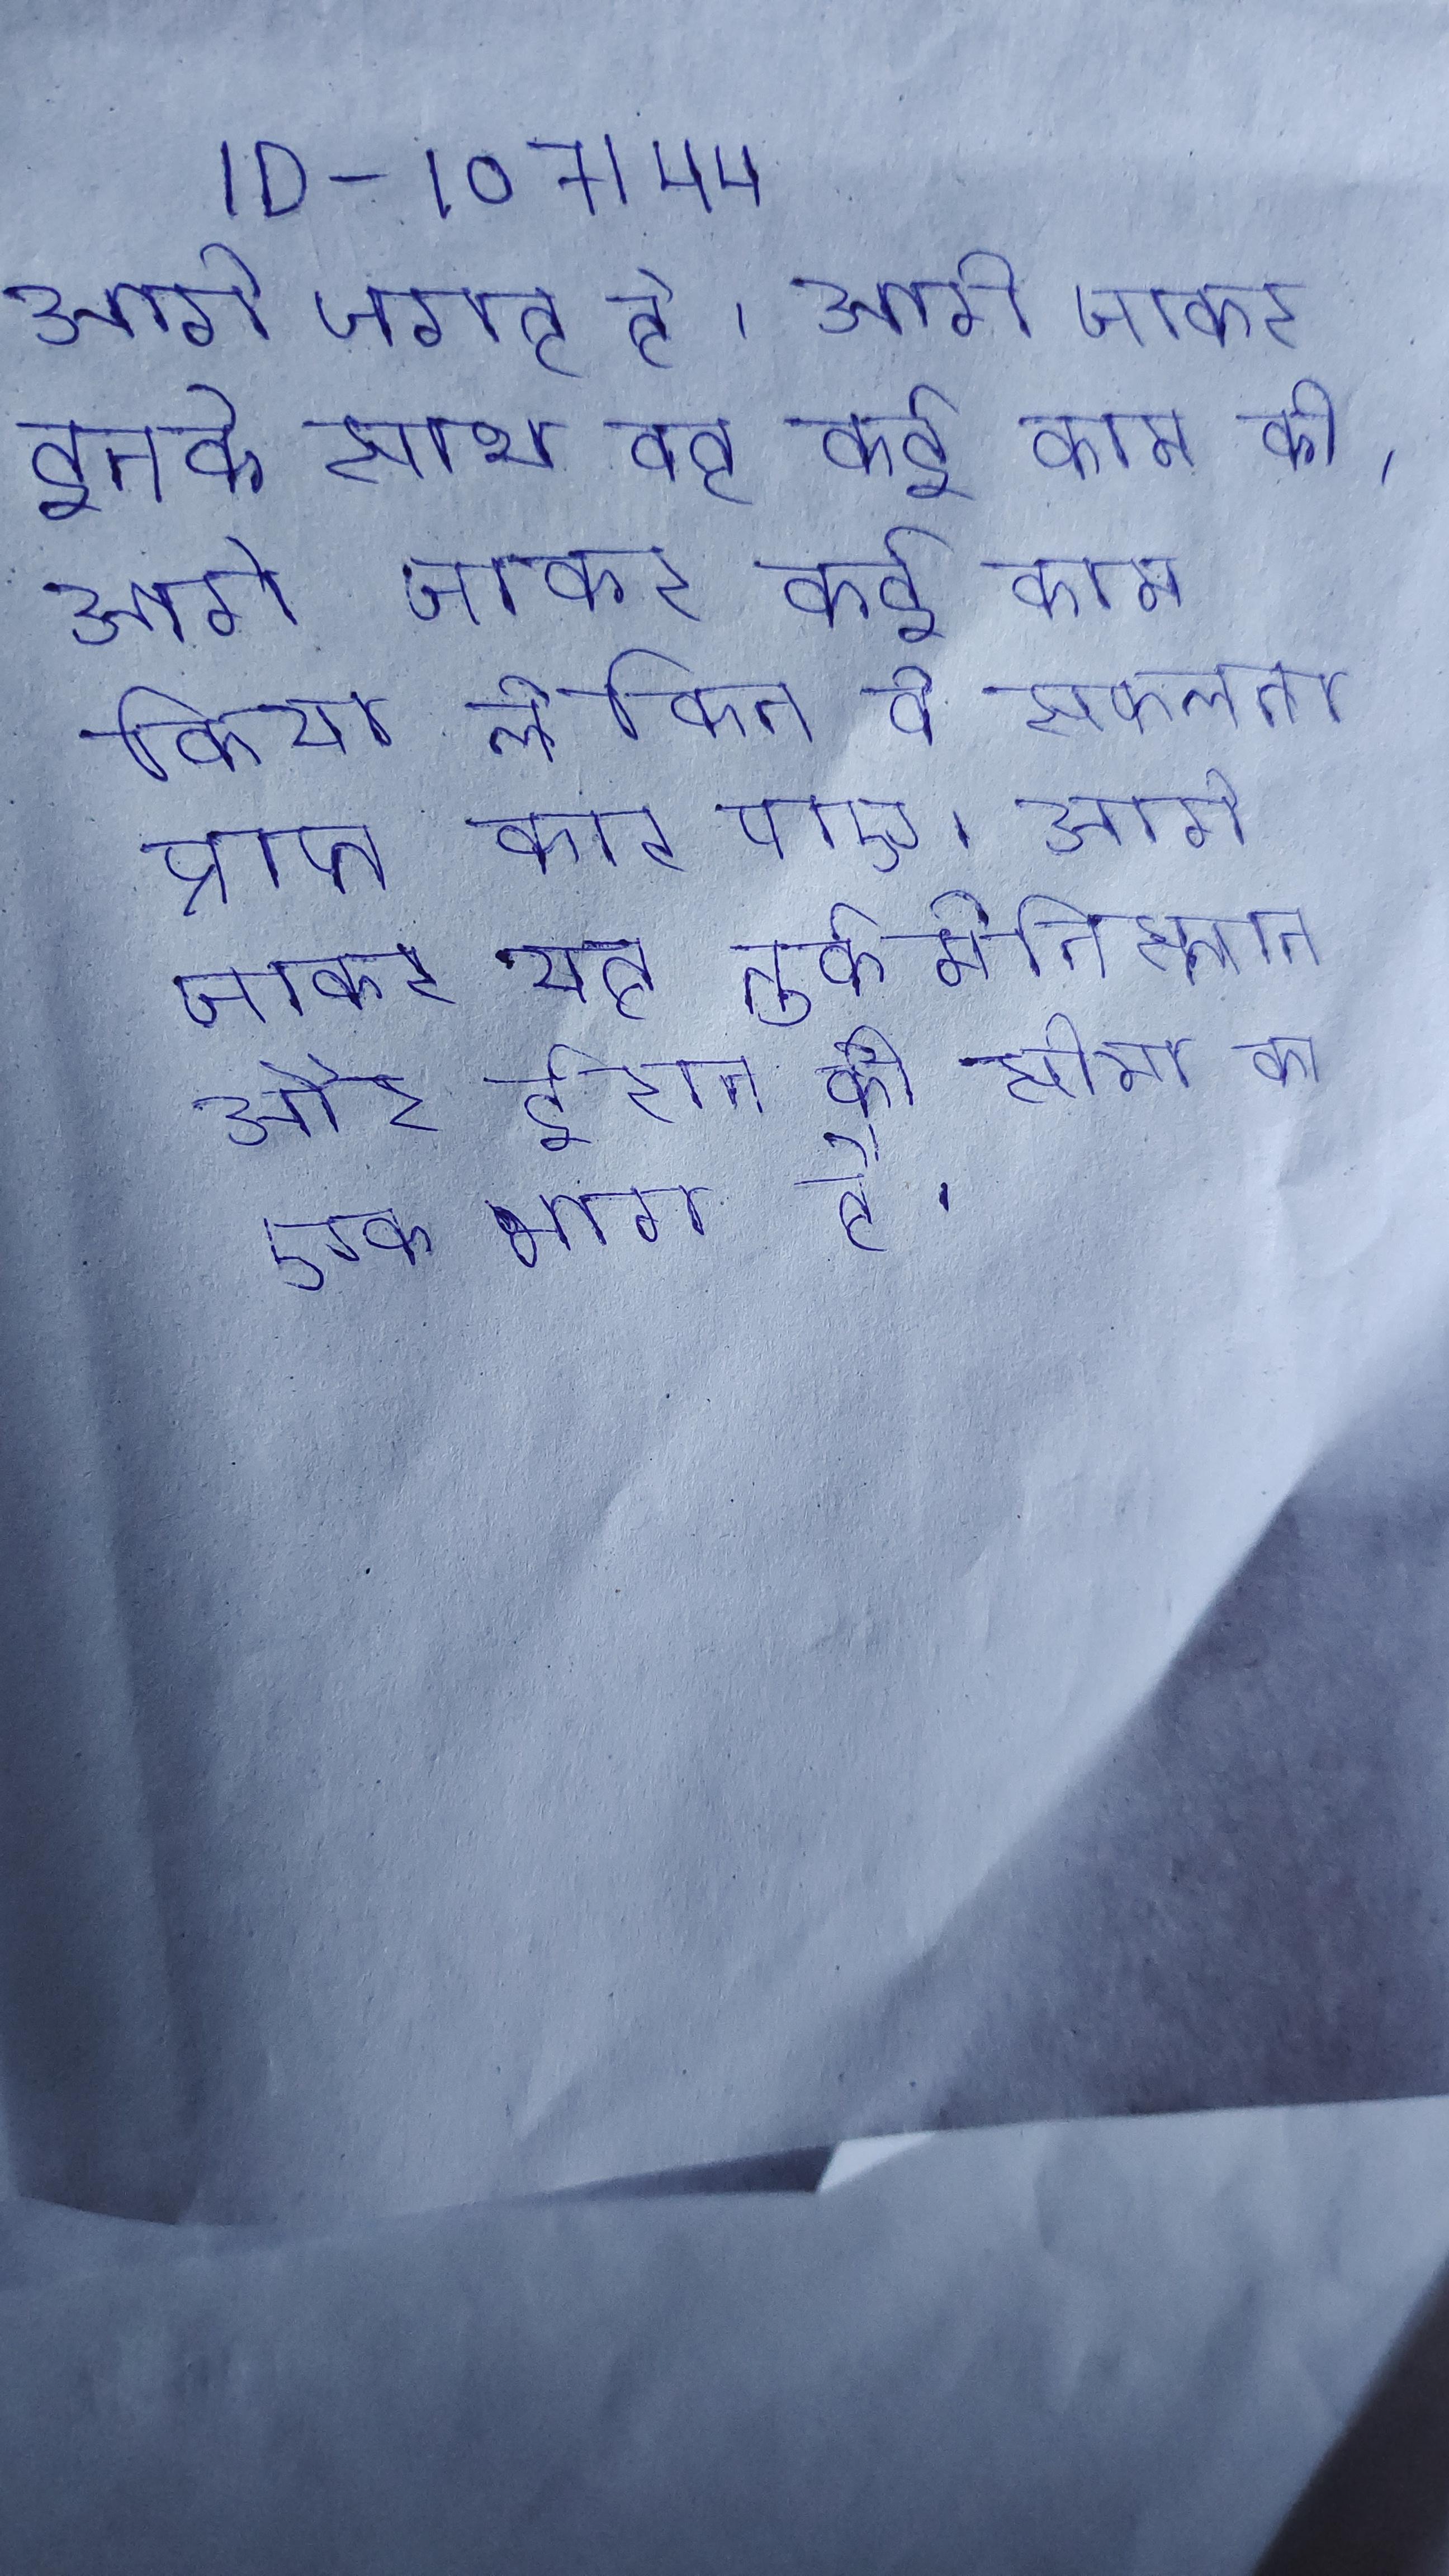
आगे जगह हे । आगे जाकर इनके साथ वह कई काम की । आगे जाकर कई काम किया लेकिन वो सफलता प्राप्त कार पाए । आगे जाकर लोग वूहुआन और शिआनबेई गए । आगे जाकर यह तुर्कमेनिस्तान और ईरान की सीमा का एक भाग है ।